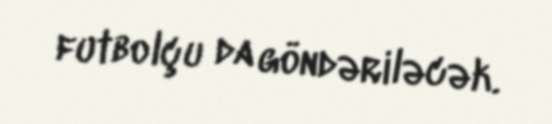
futbolçu da göndəriləcək.